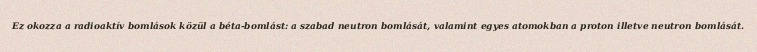
Ez okozza a radioaktív bomlások közül a béta-bomlást: a szabad neutron bomlását, valamint egyes atomokban a proton illetve neutron bomlását.